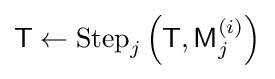
{\textsf {T}}\leftarrow {\textrm {Step}}_{j}\left({\textsf {T}},{\textsf {M}}_{j}^{(i)}\right)